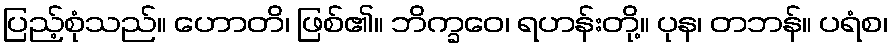
ပြည့်စုံသည်။ ဟောတိ၊ ဖြစ်၏။ ဘိက္ခဝေ၊ ရဟန်းတို့။ ပုန၊ တဘန်။ ပရံစ၊